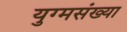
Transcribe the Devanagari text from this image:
युग्मसंख्या